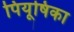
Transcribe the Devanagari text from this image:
पियूषिका